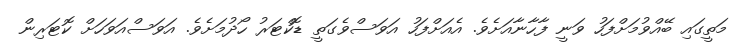
މަތީގައި ބޭއްވުމަށްފަހު ވަނީ ފާހާނާއަށެވެ. އެއަށްފަހު އަވަސްވެގަތީ ޑޮކްޓަރު ހޯދުމަށެވެ. އަވަސްއަވަހަށް ކޮޓަރިން